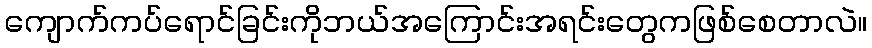
ကျောက်ကပ်ရောင်ခြင်းကိုဘယ်အကြောင်းအရင်းတွေကဖြစ်စေတာလဲ။